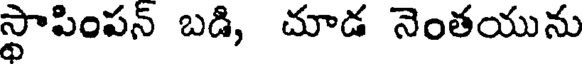
స్థాపింపన్ బడి, చూడ నెంతయును